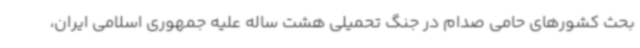
بحث کشورهای حامی صدام در جنگ تحمیلی هشت ساله علیه جمهوری اسلامی ایران،